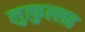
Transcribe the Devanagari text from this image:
लुत्फुल्लह